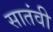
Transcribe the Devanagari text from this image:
सातंवी